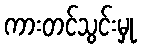
ကားတင်သွင်းမှု